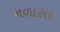
નળાસર